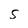
Character: S